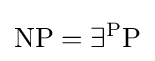
\mathrm {NP} =\exists ^{\mathrm {P} }\mathrm {P}